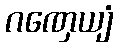
ဂဏှေယျံ